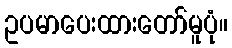
ဥပမာပေးထားတော်မူပုံ။